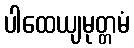
ပါထေယျမုတ္တမံ